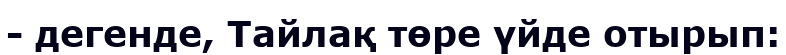
- дегенде, Тайлақ төре үйде отырып: